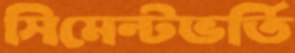
সিমেন্টভর্তি